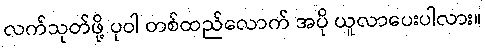
လက်သုတ်ဖို့ ပုဝါ တစ်ထည်လောက် အပို ယူလာပေးပါလား။